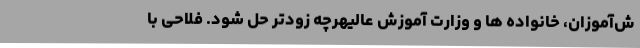
ش‌آموزان، خانواده ها و وزارت آموزش عالیهرچه زودتر حل شود. فلاحی با